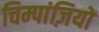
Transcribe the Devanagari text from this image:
चिम्पांज़ियों